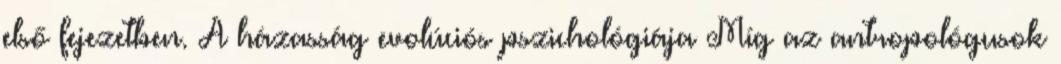
első fejezetben. A házasság evolúciós pszichológiája Míg az antropológusok